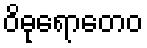
ဝိဓုရောတေဝ